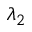
\lambda _ { 2 }